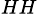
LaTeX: _{HH}